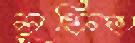
লুফিত